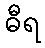
ဓီရ